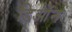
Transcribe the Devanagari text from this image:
डिओंन